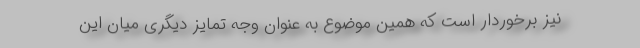
نیز برخوردار است که همین موضوع به عنوان وجه تمایز دیگری میان این